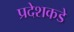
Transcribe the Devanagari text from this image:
प्रदेशकडे